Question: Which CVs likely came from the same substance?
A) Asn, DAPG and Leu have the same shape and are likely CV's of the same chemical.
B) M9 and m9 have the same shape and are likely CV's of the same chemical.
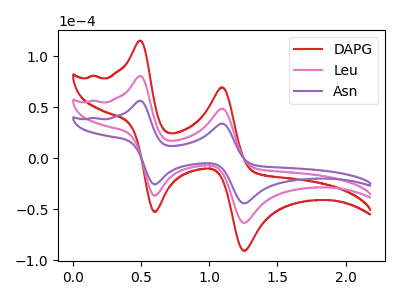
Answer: <think>The red curve "DAPG" has anodic peaks at (0.50V, 161.00uA) (1.10V, 97.15uA) and cathodic peaks at (0.60V, -73.65uA) (1.25V, -126.95uA). The pink curve "Leu" has anodic peaks at (0.50V, 80.50uA) (1.10V, 48.60uA) and cathodic peaks at (0.60V, -36.85uA) (1.25V, -63.45uA). The purple curve "Asn" has anodic peaks at (0.50V, 56.25uA) (1.10V, 33.95uA) and cathodic peaks at (0.60V, -25.75uA) (1.25V, -44.35uA).
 All the peaks in "DAPG" have a peak in "Leu" at the same potential. Every peak in "DAPG" is higher than every peak in "Leu". All the peaks in "DAPG" have a peak in "Asn" at the same potential. Every peak in "DAPG" is higher than every peak in "Asn". All the peaks in "Leu" have a peak in "Asn" at the same potential. Every peak in "Leu" is higher than every peak in "Asn".</think>
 <answer>A) "Asn", "DAPG" and "Leu" have the same shape and are likely CV's of the same chemical.</answer>
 <eval>A</eval>